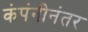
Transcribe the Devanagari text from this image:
कंपंनीनंतर